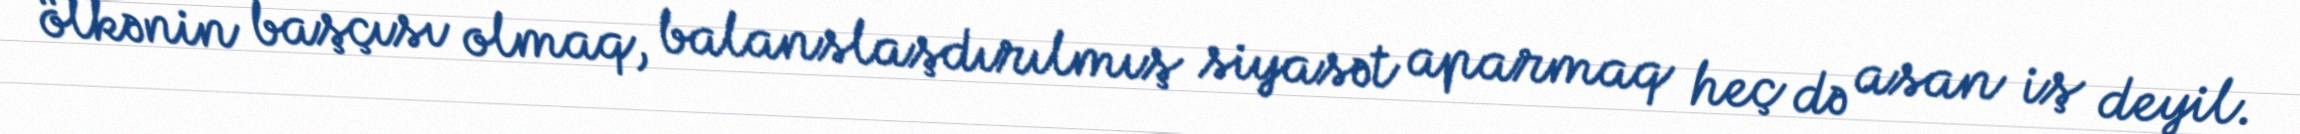
ölkənin başçısı olmaq, balanslaşdırılmış siyasət aparmaq heç də asan iş deyil.